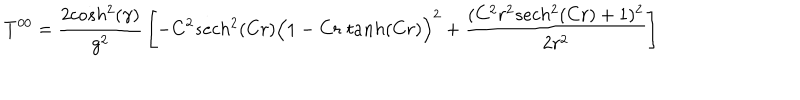
LaTeX: T ^ { 0 0 } = { \frac { 2 c o s h ^ { 2 } ( \gamma ) } { g ^ { 2 } } } \left[ - C ^ { 2 } s e c h ^ { 2 } ( C r ) \Big ( 1 - C r \; t a n h ( C r ) \Big ) ^ { 2 } + { \frac { ( C ^ { 2 } r ^ { 2 } s e c h ^ { 2 } ( C r ) + 1 ) ^ { 2 } } { 2 r ^ { 2 } } } \right]